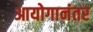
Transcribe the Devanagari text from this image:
आयोगानंतर